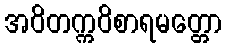
အဝိတက္ကဝိစာရမတ္တော